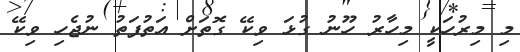
މި މިރުހަކީ މިހާރު ހޫނު ގުޅަ ވިކޭ ގޮތަށް އަތުފަތު ނުޖެހި ވިކޭ